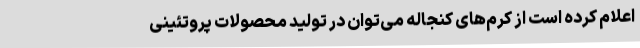
اعلام کرده است از کرم‌های کنجاله می‌توان در تولید محصولات پروتئینی